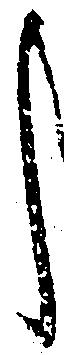
し